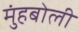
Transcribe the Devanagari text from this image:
मुंहबोली